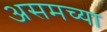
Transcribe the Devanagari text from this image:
असमच्या